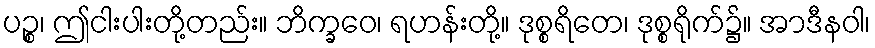
ပဉ္စ၊ ဤငါးပါးတို့တည်း။ ဘိက္ခဝေ၊ ရဟန်းတို့။ ဒုစ္စရိတေ၊ ဒုစ္စရိုက်၌။ အာဒီနဝါ၊